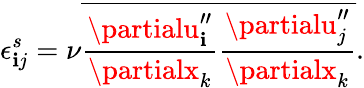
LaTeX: \epsilon_{\mathbf{i}j}^{s}=\nu\overline{{{{\frac{{\partialu_{\mathbf{i}}^{\prime\prime}}}{{\partialx_{k}}}\frac{{\partialu_{j}^{\prime\prime}}}{{\partialx_{k}}}}}}}.